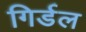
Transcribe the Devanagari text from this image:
गिर्डल